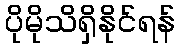
ပိုမိုသိရှိနိုင်ရန်